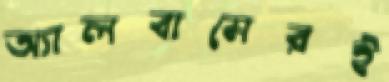
অ্যালবামেরই